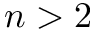
n > 2